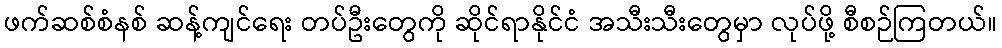
ဖက်ဆစ်စံနစ် ဆန့်ကျင်ရေး တပ်ဦးတွေကို ဆိုင်ရာနိုင်ငံ အသီးသီးတွေမှာ လုပ်ဖို့ စီစဉ်ကြတယ်။